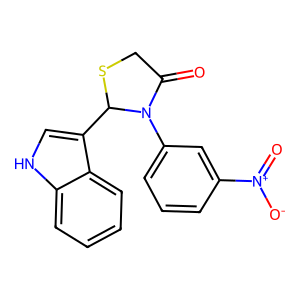
SMILES: O=C1CSC(c2c[nH]c3ccccc23)N1c1cccc([N+](=O)[O-])c1
Inhibits HIV replication: No